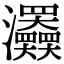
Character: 𤅹